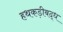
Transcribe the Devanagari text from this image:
हथकड़ीबद्ध